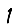
Digit: 1